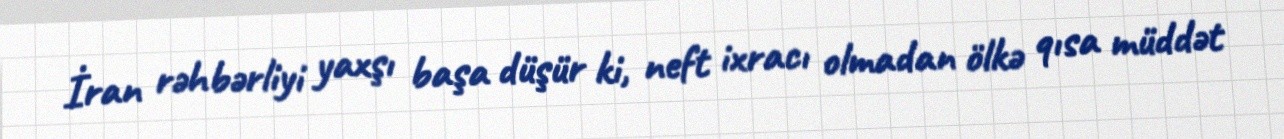
İran rəhbərliyi yaxşı başa düşür ki, neft ixracı olmadan ölkə qısa müddət